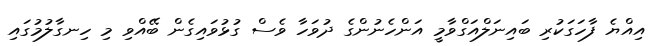
އިއްޔެ ފާހަގަކުރި ބައިނަލްއަގްވާމީ އަންހެނުންގެ ދުވަހާ ވެސް ގުޅުވައިގެން ބޭއްވި މި ހިނގާލުމުގައި